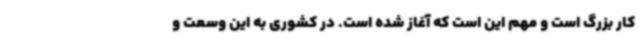
کار بزرگ است و مهم این است که آغاز شده است. در کشوری به این وسعت و